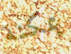
يمكنة